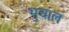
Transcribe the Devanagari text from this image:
भुचाल